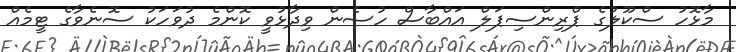
މާޅޮހު ސްކޫލުގެ ޕްރިންސިޕަލް އައްބާސް ހުސެން ވިދާޅުވީ ކޮންމެ ދުވަހަކު ސޮނެވާގެ ޓީމެއް